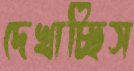
দেখাচ্ছিস